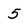
Character: 5